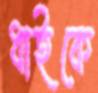
ধাইকে